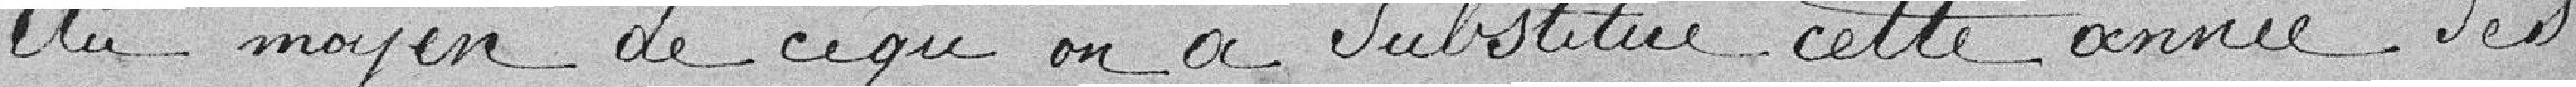
Au moyen de ce qu'on a substitué cette année des